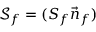
\boldsymbol { \mathcal { S } } _ { f } = ( { S _ { f } } \vec { \boldsymbol { n } } _ { f } )